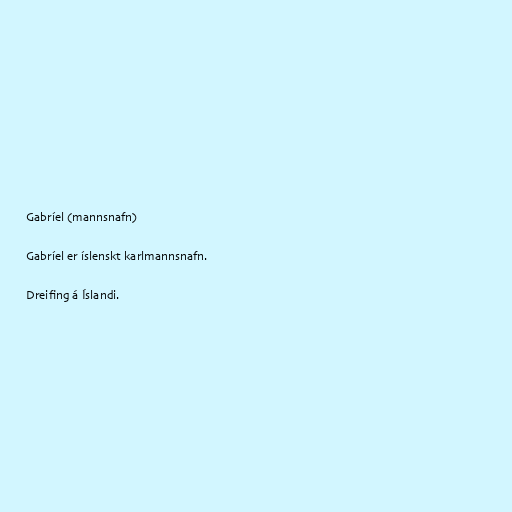
Gabríel (mannsnafn)

Gabríel er íslenskt karlmannsnafn.

Dreifing á Íslandi.